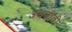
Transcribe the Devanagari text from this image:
अधजीवी